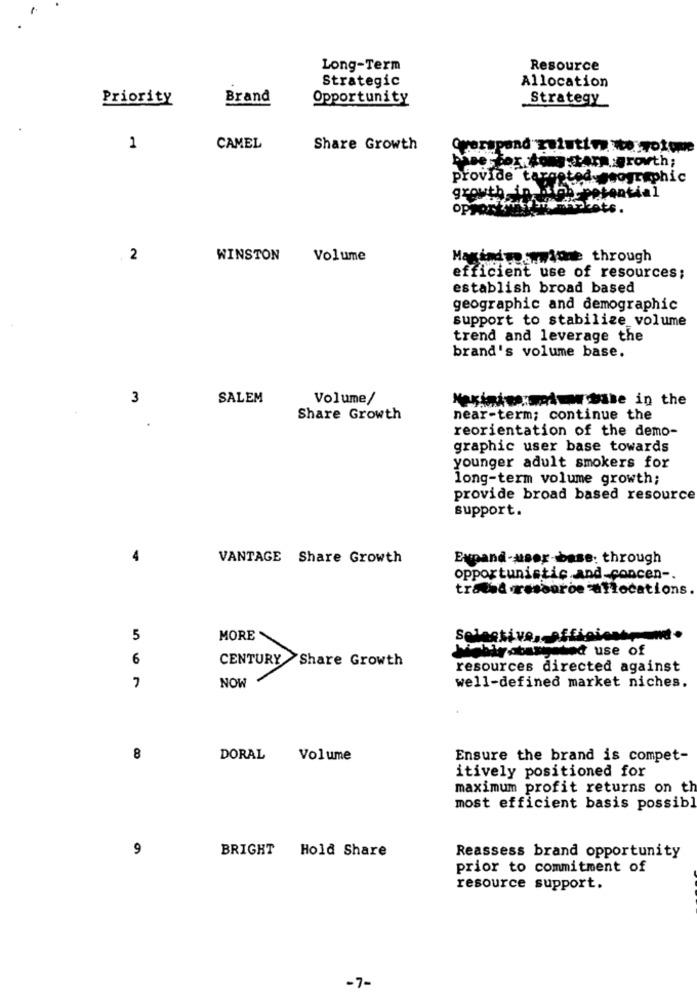
Long-Term
Resource
Strategic
Allocation
Priority
Brand
Opportunity
Strategy
1
CAMEL
Share Growth
bhsercox tons :tarm. growth;
provide targeted geographic
growth in
potential
op
cats .
2
WINSTON
Volume
Magind we swmione through
efficient use of resources;
establish broad based
geographic and demographic
support to stabilize_volume
trend and leverage the
brand's volume base.
3
SALEM
Volume/
Share Growth
near-term; continue the
reorientation of the demo-
graphic user base towards
younger adult smokers for
long-term volume growth;
provide broad based resource
support.
VANTAGE Share Growth
Expand-user-base: through
opportunistic.and-concen -.
traded resource allocations
5
MORE
Selective, efficient,n.
Yaban ted use of
6
CENTURY
Share Growth
resources directed against
7
NOW
well-defined market niches.
8
DORAL
Volume
Ensure the brand is compet-
itively positioned for
maximum profit returns on th
most efficient basis possibl
9
BRIGHT Hold Share
Reassess brand opportunity
prior to commitment of
resource support.
-7-